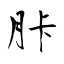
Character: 胩